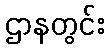
ဌာနတွင်း